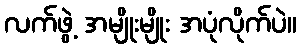
လက်ဖွဲ့ အမျိုးမျိုး အပုံလိုက်ပဲ။